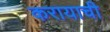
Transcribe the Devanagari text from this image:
करायाची